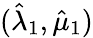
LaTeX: (\hat{\lambda}_{1},\hat{\mu}_{1})